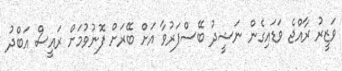
ވަޒީރު ރާއްޖެ ވަޑައިގެން ނަޝީދު ބޭސްފަރުވާ އަށް ބޭރަށް ފޮނުވުމަށް ރައީސް އަބްދު